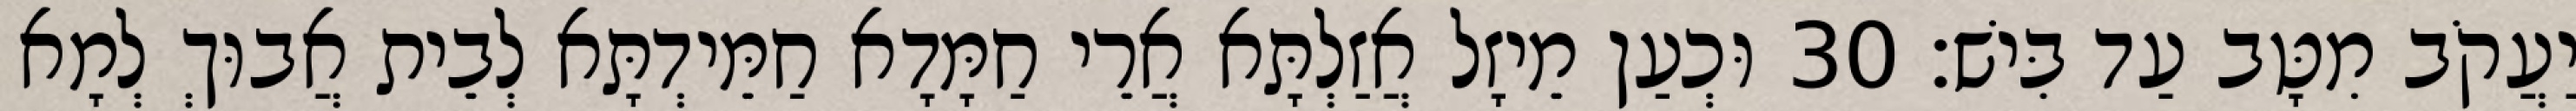
יַעֲקֹב מִטָּב עַד בִּישׁ׃ 30 וּכְעַן מֵיזָל אֲזַלְתָּא אֲרֵי חַמָּדָא חַמֵּידְתָּא לְבֵית אֲבוּךְ לְמָא